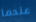
عندما